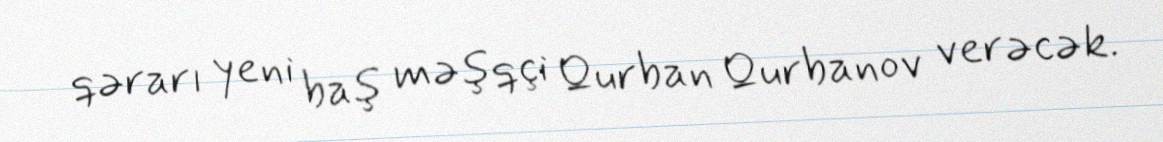
qərarı yeni baş məşqçi Qurban Qurbanov verəcək.